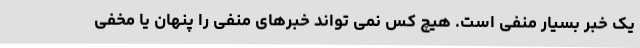
یک خبر بسیار منفی است. هیچ کس نمی تواند خبرهای منفی را پنهان یا مخفی